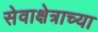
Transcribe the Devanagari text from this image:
सेवाक्षेत्राच्या